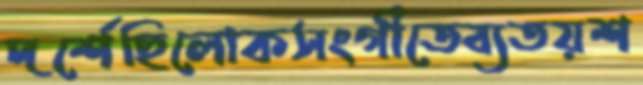
দর্শেছিলোকসংগীতেব্যতয়শ